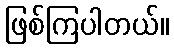
ဖြစ်ကြပါတယ်။